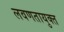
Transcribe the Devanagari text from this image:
लवणतायुक्त